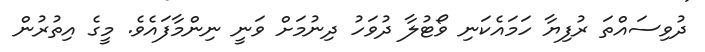
ދުވިސައްތަ ރުފިޔާ ހަމައެކަނި ވޯޓުލާ ދުވަހު ދިނުމަށް ވަނީ ނިންމާފައެވެ. މީގެ އިތުރުން